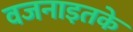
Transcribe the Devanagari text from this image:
वजनाइतके